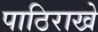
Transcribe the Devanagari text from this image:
पाठिराखे